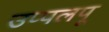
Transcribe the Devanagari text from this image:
उप्पलपू